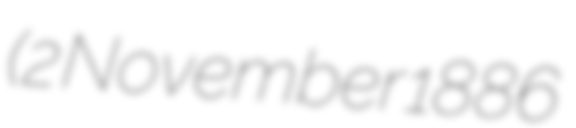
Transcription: (2 November 1886